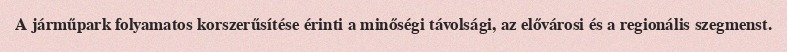
A járműpark folyamatos korszerűsítése érinti a minőségi távolsági, az elővárosi és a regionális szegmenst.